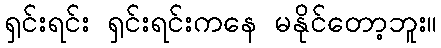
ရှင်းရင်း ရှင်းရင်းကနေ မနိုင်တော့ဘူး။